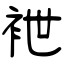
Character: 袣